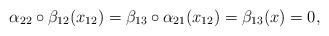
LaTeX: \begin{align*}\alpha_{22}\circ \beta_{12}(x_{12}) = \beta_{13} \circ \alpha_{21}(x_{12}) = \beta_{13}(x) = 0,\end{align*}